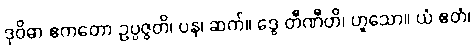
ဒုဝိဓာ ဧကတော ဥပ္ပဇ္ဇတိ၊ ပန၊ ဆက်။ ဒွေ တီဏီတိ၊ ဟူသော။ ယံ ဧတံ၊